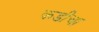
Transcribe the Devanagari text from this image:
कडीचा